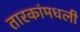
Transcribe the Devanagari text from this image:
तारकांमधली